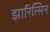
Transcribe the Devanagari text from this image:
झारित्सिन